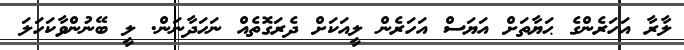
ލާރާ އަހަރެންގެ ޙަޔާތަށް އަޔަސް އަހަރެން ލީއަކަށް ދެރަގޮތެއް ނަހަދާނަން. ލީ ބޭނުންވާކަހަލަ